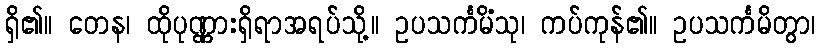
ရှိ၏။ တေန၊ ထိုပုဏ္ဏားရှိရာအရပ်သို့။ ဥပသင်္ကမိံသု၊ ကပ်ကုန်၏။ ဥပသင်္ကမိတွာ၊